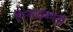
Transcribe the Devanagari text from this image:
गिर्‍हाइकांनी